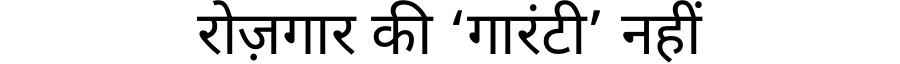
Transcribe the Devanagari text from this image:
रोज़गार की ‘गारंटी’ नहीं